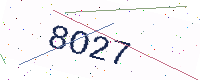
Text: 8O27